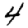
Digit: 4